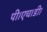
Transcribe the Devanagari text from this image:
पी।एच।डी।